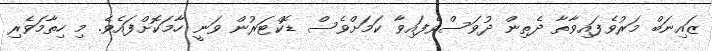
ޒައިނަބް މަރުވެފައިވާތާ ދެތިން ދުވަސްވެފައިވާ ކަމަށްވެސް ޑޮކްޓަރުން ވަނީ ހާމަކޮށްފައެވެ. މި ހިތާމަވެރި